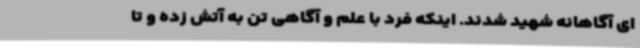
ای آگاهانه شهید شدند. اینکه فرد با علم و آگاهی تن به آتش زده و تا